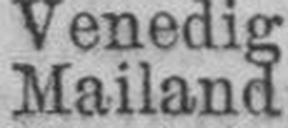
Mailand